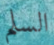
السلم